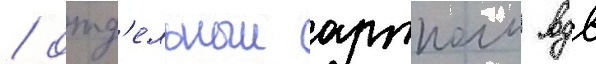
/ отд'ельныи артполк вдв